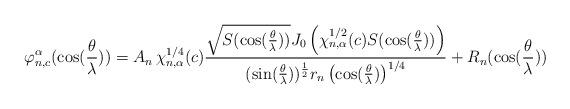
LaTeX: \begin{align*}\varphi_{n,c}^{\alpha}(\cos(\frac{\theta}{\lambda}))=A_n\,\chi^{1/4}_{n,\alpha}(c)\frac{\sqrt{S(\cos(\frac{\theta}{\lambda}))}J_{0}\left(\chi^{1/2}_{n,\alpha}(c)S(\cos(\frac{\theta}{\lambda}))\right)}{(\sin(\frac{\theta}{\lambda}))^{\frac{1}{2}}r_n\left(\cos(\frac{\theta}{\lambda})\right)^{1/4}}+R_n(\cos(\frac{\theta}{\lambda}))\end{align*}